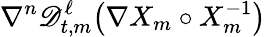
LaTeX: \nabla^{n}\mathscr{D}_{t,m}^{\ell}\bigl(\nabla X_{m}\circ X_{m}^{-1}\bigr)